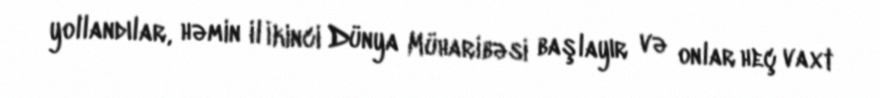
yollandılar, həmin il İkinci Dünya Müharibəsi başlayır və onlar heç vaxt